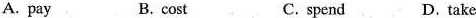
A. pay B. cost C. spend D. take